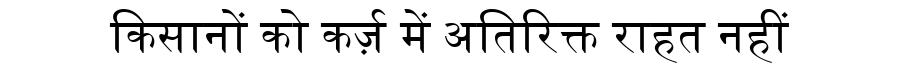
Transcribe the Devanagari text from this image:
किसानों को कर्ज़ में अतिरिक्त राहत नहीं